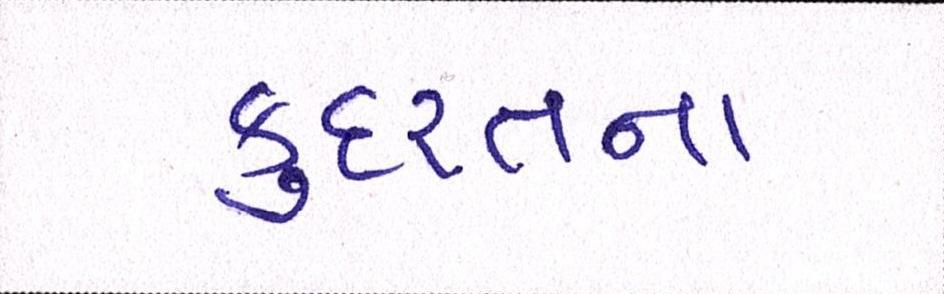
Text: કુદરતના